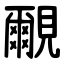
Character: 覼